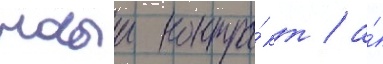
новыи контра́кт / а́